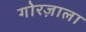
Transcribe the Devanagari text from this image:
गोरज़ाला